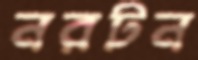
নরটন